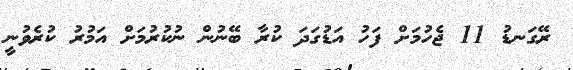
ރޭގަނޑު 11 ޖެހުމަށް ފަހު އަޑުގަދަ ކުރާ ބޭނުން ނުކުރުމަށް އަމުރު ކުރެވުނީ